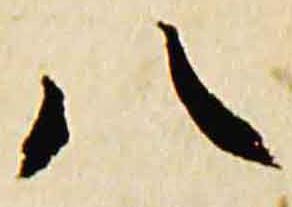
八